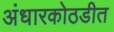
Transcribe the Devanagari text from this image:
अंधारकोठडीत